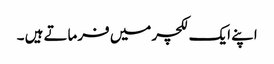
اپنے ایک لکچر میں فرماتے ہیں ۔